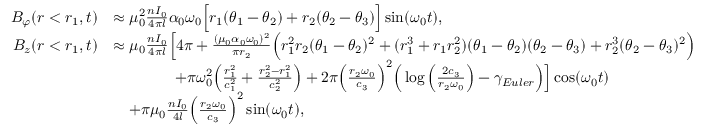
\begin{array} { r l } { B _ { \varphi } ( r < r _ { 1 } , t ) } & { \approx \mu _ { 0 } ^ { 2 } \frac { n I _ { 0 } } { 4 \pi l } \alpha _ { 0 } \omega _ { 0 } \Big [ r _ { 1 } ( \theta _ { 1 } - \theta _ { 2 } ) + r _ { 2 } ( \theta _ { 2 } - \theta _ { 3 } ) \Big ] \sin ( \omega _ { 0 } t ) , } \\ { B _ { z } ( r < r _ { 1 } , t ) } & { \approx \mu _ { 0 } \frac { n I _ { 0 } } { 4 \pi l } \Big [ 4 \pi + \frac { ( \mu _ { 0 } \alpha _ { 0 } \omega _ { 0 } ) ^ { 2 } } { \pi r _ { 2 } } \Big ( r _ { 1 } ^ { 2 } r _ { 2 } ( \theta _ { 1 } - \theta _ { 2 } ) ^ { 2 } + ( r _ { 1 } ^ { 3 } + r _ { 1 } r _ { 2 } ^ { 2 } ) ( \theta _ { 1 } - \theta _ { 2 } ) ( \theta _ { 2 } - \theta _ { 3 } ) + r _ { 2 } ^ { 3 } ( \theta _ { 2 } - \theta _ { 3 } ) ^ { 2 } \Big ) } \\ & { \qquad \qquad + \pi \omega _ { 0 } ^ { 2 } \Big ( \frac { r _ { 1 } ^ { 2 } } { c _ { 1 } ^ { 2 } } + \frac { r _ { 2 } ^ { 2 } - r _ { 1 } ^ { 2 } } { c _ { 2 } ^ { 2 } } \Big ) + 2 \pi \Big ( \frac { r _ { 2 } \omega _ { 0 } } { c _ { 3 } } \Big ) ^ { 2 } \Big ( \log \Big ( \frac { 2 c _ { 3 } } { r _ { 2 } \omega _ { 0 } } \Big ) - \gamma _ { E u l e r } \Big ) \Big ] \cos ( \omega _ { 0 } t ) } \\ & { \quad + \pi \mu _ { 0 } \frac { n I _ { 0 } } { 4 l } \Big ( \frac { r _ { 2 } \omega _ { 0 } } { c _ { 3 } } \Big ) ^ { 2 } \sin ( \omega _ { 0 } t ) , } \end{array}